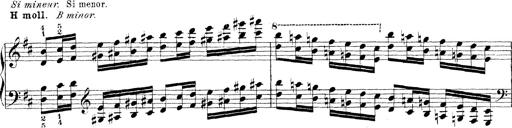
Title: Technische Studien
Composer: Franz Liszt